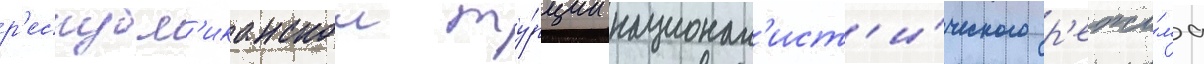
р'еспубл'иканскои ту́рции национал'ист'и́ческого р'ежи́ма